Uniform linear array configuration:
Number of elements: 16
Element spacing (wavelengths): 0.5
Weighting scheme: hann
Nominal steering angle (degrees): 0
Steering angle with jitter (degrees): -0.3369
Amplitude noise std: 0.05
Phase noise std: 0.05

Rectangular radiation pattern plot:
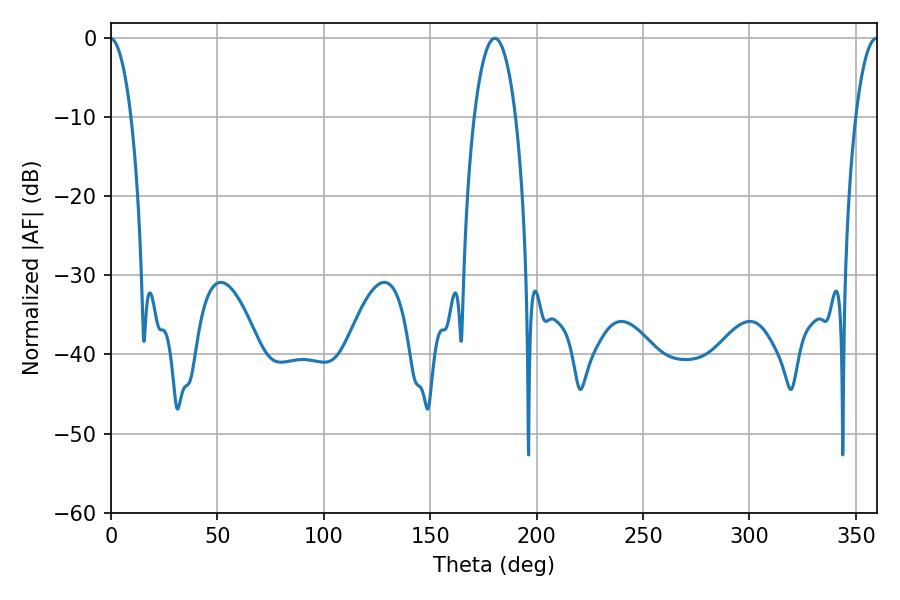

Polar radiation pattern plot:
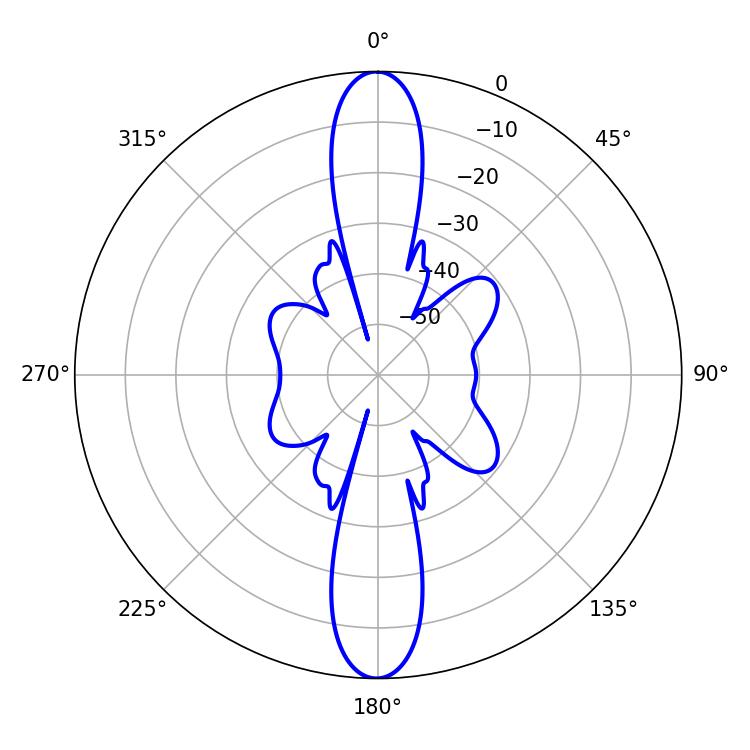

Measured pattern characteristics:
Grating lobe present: FALSE
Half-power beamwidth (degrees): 10.8
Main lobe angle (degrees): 180.36